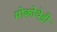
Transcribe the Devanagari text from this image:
मोकोथेडी